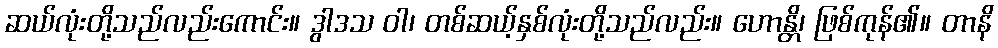
ဆယ်လုံးတို့သည်လည်းကောင်း။ ဒွါဒသ ဝါ၊ တစ်ဆယ့်နှစ်လုံးတို့သည်လည်း။ ဟောန္တိ၊ ဖြစ်ကုန်၏။ တာနိ